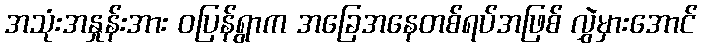
အသုံးအနှုန်းအား ဝပြန်ရွာက အခြေအနေတစ်ရပ်အဖြစ် လွှဲမှားအောင်